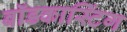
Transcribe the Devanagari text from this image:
बॉडकास्टिंग